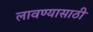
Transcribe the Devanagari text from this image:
लावण्‍यासाठी